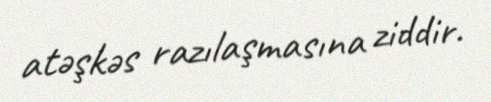
atəşkəs razılaşmasına ziddir.